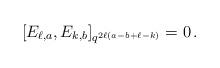
LaTeX: \begin{align*} [E_{\ell,a},E_{k,b}]_{q^{2\ell(a-b+\ell-k)}}=0 \,.\end{align*}